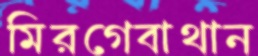
মিরগেবাথান